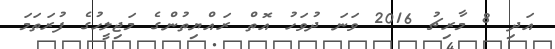
އަދި 8 މާރިޗު 2016 ވަނަ ދުވަހު އޮތް ރައްޔިތުންގެ މަޖިލީހުގެ ފުރަތަމަ